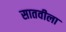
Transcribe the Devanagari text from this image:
सातवीला